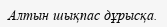
Алтын шықпас дұрысқа.